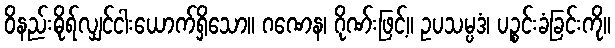
ဝိနည်းဓိုရ်လျှင်ငါးယောက်ရှိသော။ ဂဏေန၊ ဂိုဏ်းဖြင့်။ ဥပသမ္ပဒံ၊ ပဉ္စင်းခံခြင်းကို။